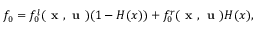
f _ { 0 } = f _ { 0 } ^ { l } ( \textbf { x } , \textbf { u } ) ( 1 - H ( x ) ) + f _ { 0 } ^ { r } ( \textbf { x } , \textbf { u } ) H ( x ) ,